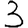
Digit: 3